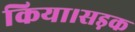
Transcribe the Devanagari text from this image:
किया।सड़क